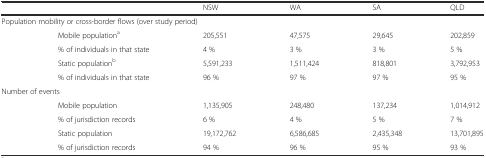
| <COLSPAN=2>  | NSW | WA | SA | QLD |
 | --- | --- | --- | --- | --- | --- |
 | <COLSPAN=4> Population mobility or cross-border flows (over study period) |  |  |
 |  | Mobile populationa | 205,551 | 47,575 | 29,645 | 202,859 |
 |  | % of individuals in that state | 4 % | 3 % | 3 % | 5 % |
 |  | Static populationb | 5,591,233 | 1,511,424 | 818,801 | 3,792,953 |
 |  | % of individuals in that state | 96 % | 97 % | 97 % | 95 % |
 | <COLSPAN=2> Number of events |  |  |  |  |
 |  | Mobile population | 1,135,905 | 248,480 | 137,234 | 1,014,912 |
 |  | % of jurisdiction records | 6 % | 4 % | 5 % | 7 % |
 |  | Static population | 19,172,762 | 6,586,685 | 2,435,348 | 13,701,895 |
 |  | % of jurisdiction records | 94 % | 96 % | 95 % | 93 % |